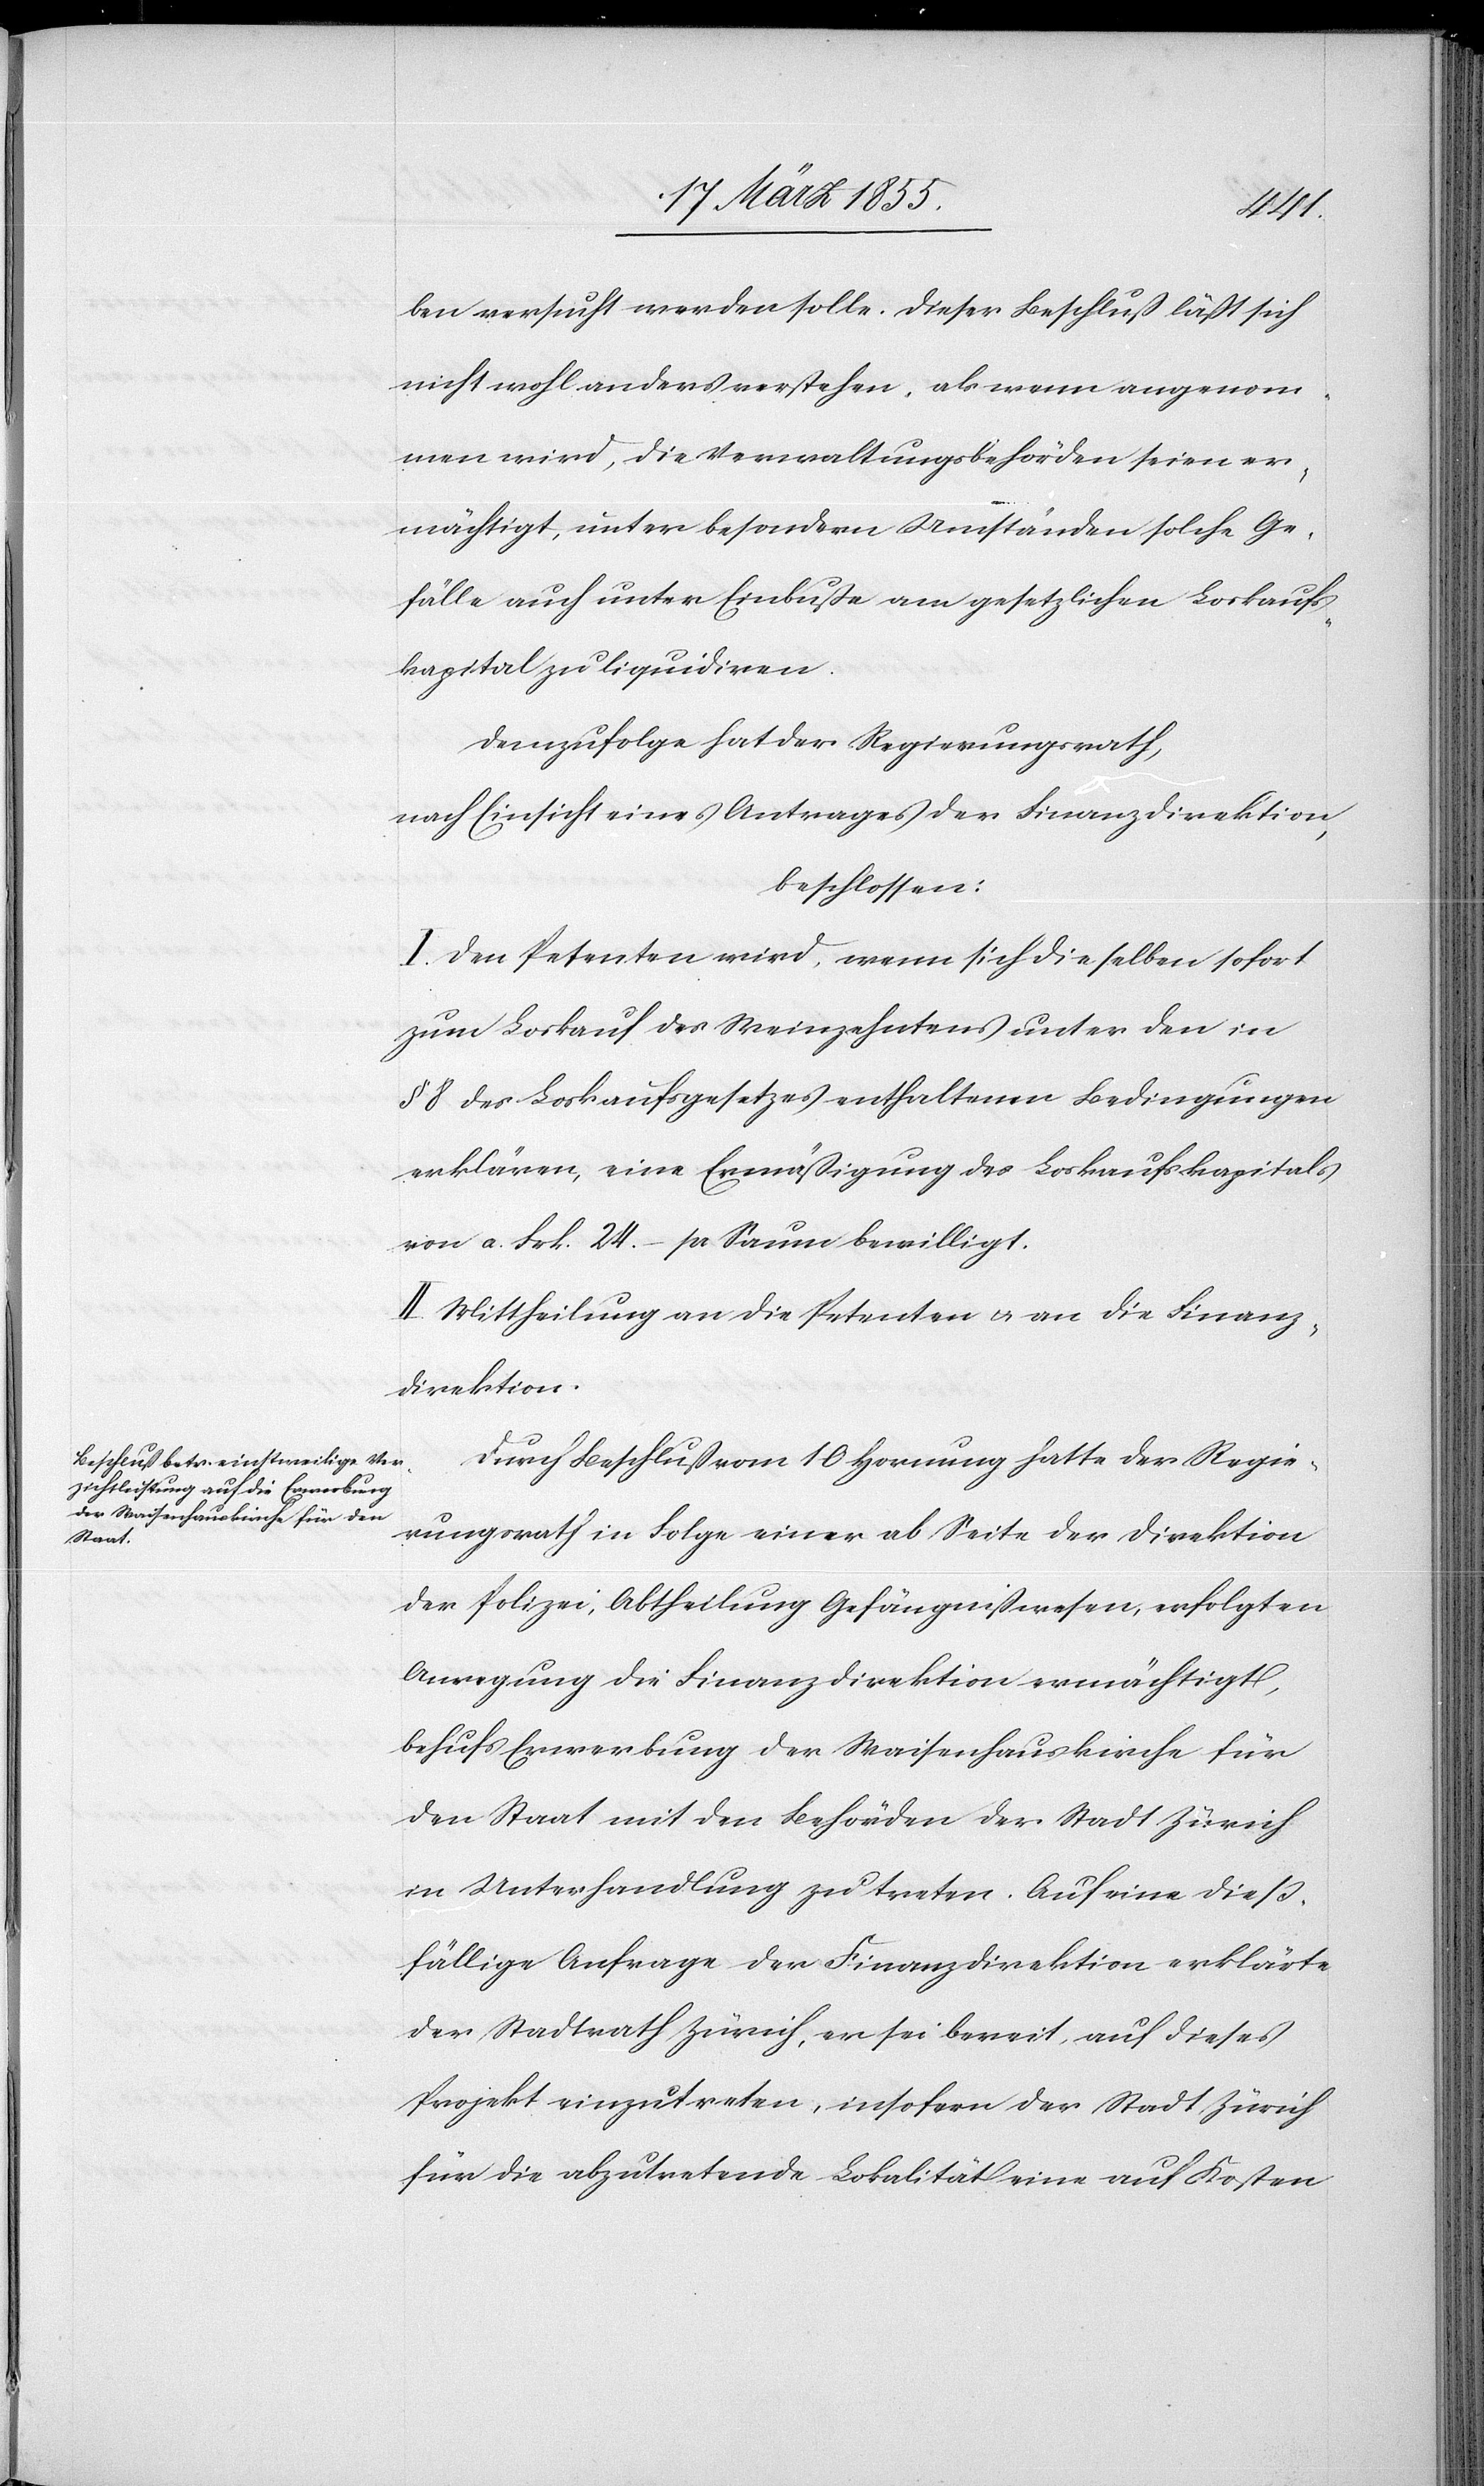
ben versucht werden solle. Dieser Beschluß läßt sich
nicht wohl anders verstehen, als wenn angenom¬
men wird, die Verwaltungsbehörden seien er¬
mächtigt, unter besondern Umständen solche Ge¬
fälle auch unter Einbuße am gesetzlichen Loskaufs¬
kapital zu liquidiren.
Demzufolge hat der Regierungsrath,
nach Einsicht eines Antrages der Finanzdirektion,
beschlossen:
I. Den Petenten wird, wenn sich dieselben sofort
zum Loskauf des Weinzehntens unter den in
§ 8 des Loskaufsgesetzes enthaltenen Bedingungen
erklären, eine Ermäßigung des Loskaufskapitals
von a. Frk. 24. – pr Saum bewilligt.
II. Mittheilung an die Petenten & an die Finanz¬
direktion.
Durch Beschluß vom 10 Hornung hatte der Regie¬
rungsrath in Folge einer ab Seite der Direktion
der Polizei, Abtheilung Gefängnißwesen, erfolgten
Anregung die Finanzdirektion ermächtigt,
behufs Erwerbung der Waisenhauskirche für
den Staat mit den Behörden der Stadt Zürich
in Unterhandlung zu treten. Auf eine dieß¬
fällige Anfrage der Finanzdirektion erklärte
der Stadtrath Zürich, er sei bereit, auf dieses
Projekt einzutreten, insofern der Stadt Zürich
für die abzutretende Lokalität eine auf Kosten